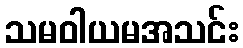
သမဝါယမအသင်း